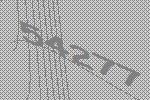
54277